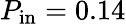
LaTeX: P_{\mathrm{in}}=0.14